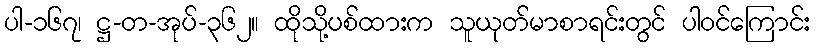
ပါ-၁၆၇၊ ဋ္ဌ-တ-အုပ်-၃၆၂။ ထိုသို့ပစ်ထားက သူယုတ်မာစာရင်းတွင် ပါဝင်ကြောင်း